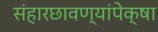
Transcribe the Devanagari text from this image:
संहारछावण्यांपेक्षा